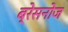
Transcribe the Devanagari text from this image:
ब्रेसनोज